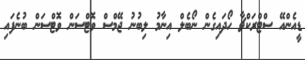
ޑީއެންއޭ ސްޓްރަކްޗާ ހޯދައިގެން ނޯބެލް އިނާމު ލިބުނު ޖޭމްސް ވޮޓްސަން ވޮޓްސަން ބުނެފައި